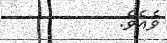
ވެއެވެ.